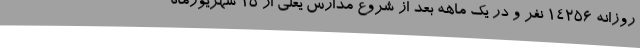
روزانه 14256 نفر و در یک ماهه بعد از شروع مدارس یعنی از 15 شهریورماه